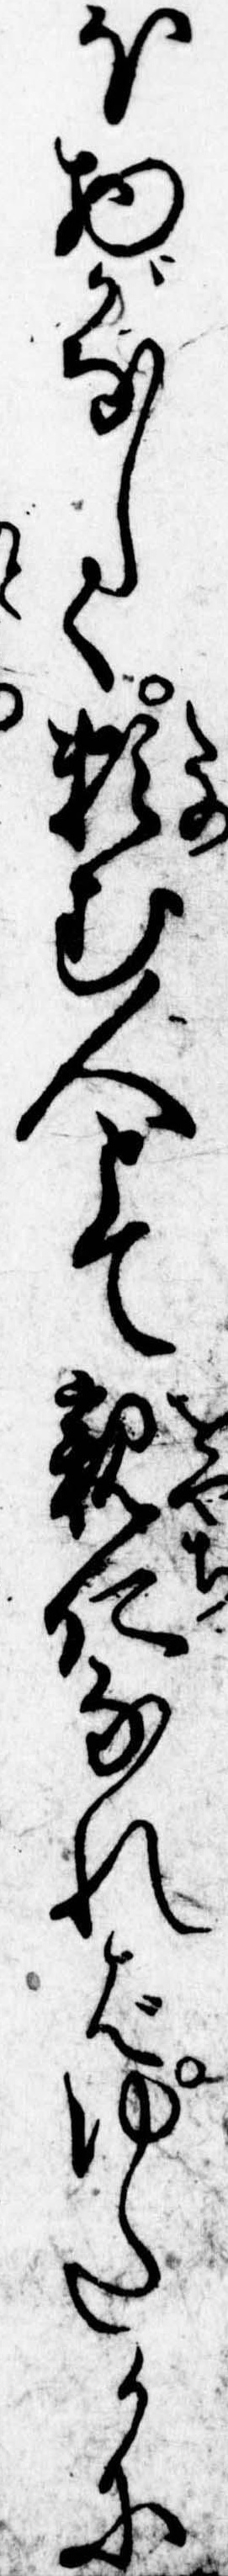
ほ物がなしく頼む人とて親仁なればゆたかに